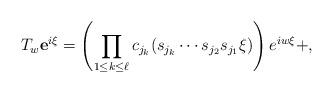
LaTeX: \begin{align*}T_w \mathbf{e}^{i{\xi }} =\left( \prod_{1\leq k\leq \ell} c_{j_k}(s_{j_k}\cdots s_{j_2}s_{j_1}{\xi}) \right) {e}^{i w{\xi }} +,\end{align*}